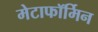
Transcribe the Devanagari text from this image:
मेटाफॉर्मिन